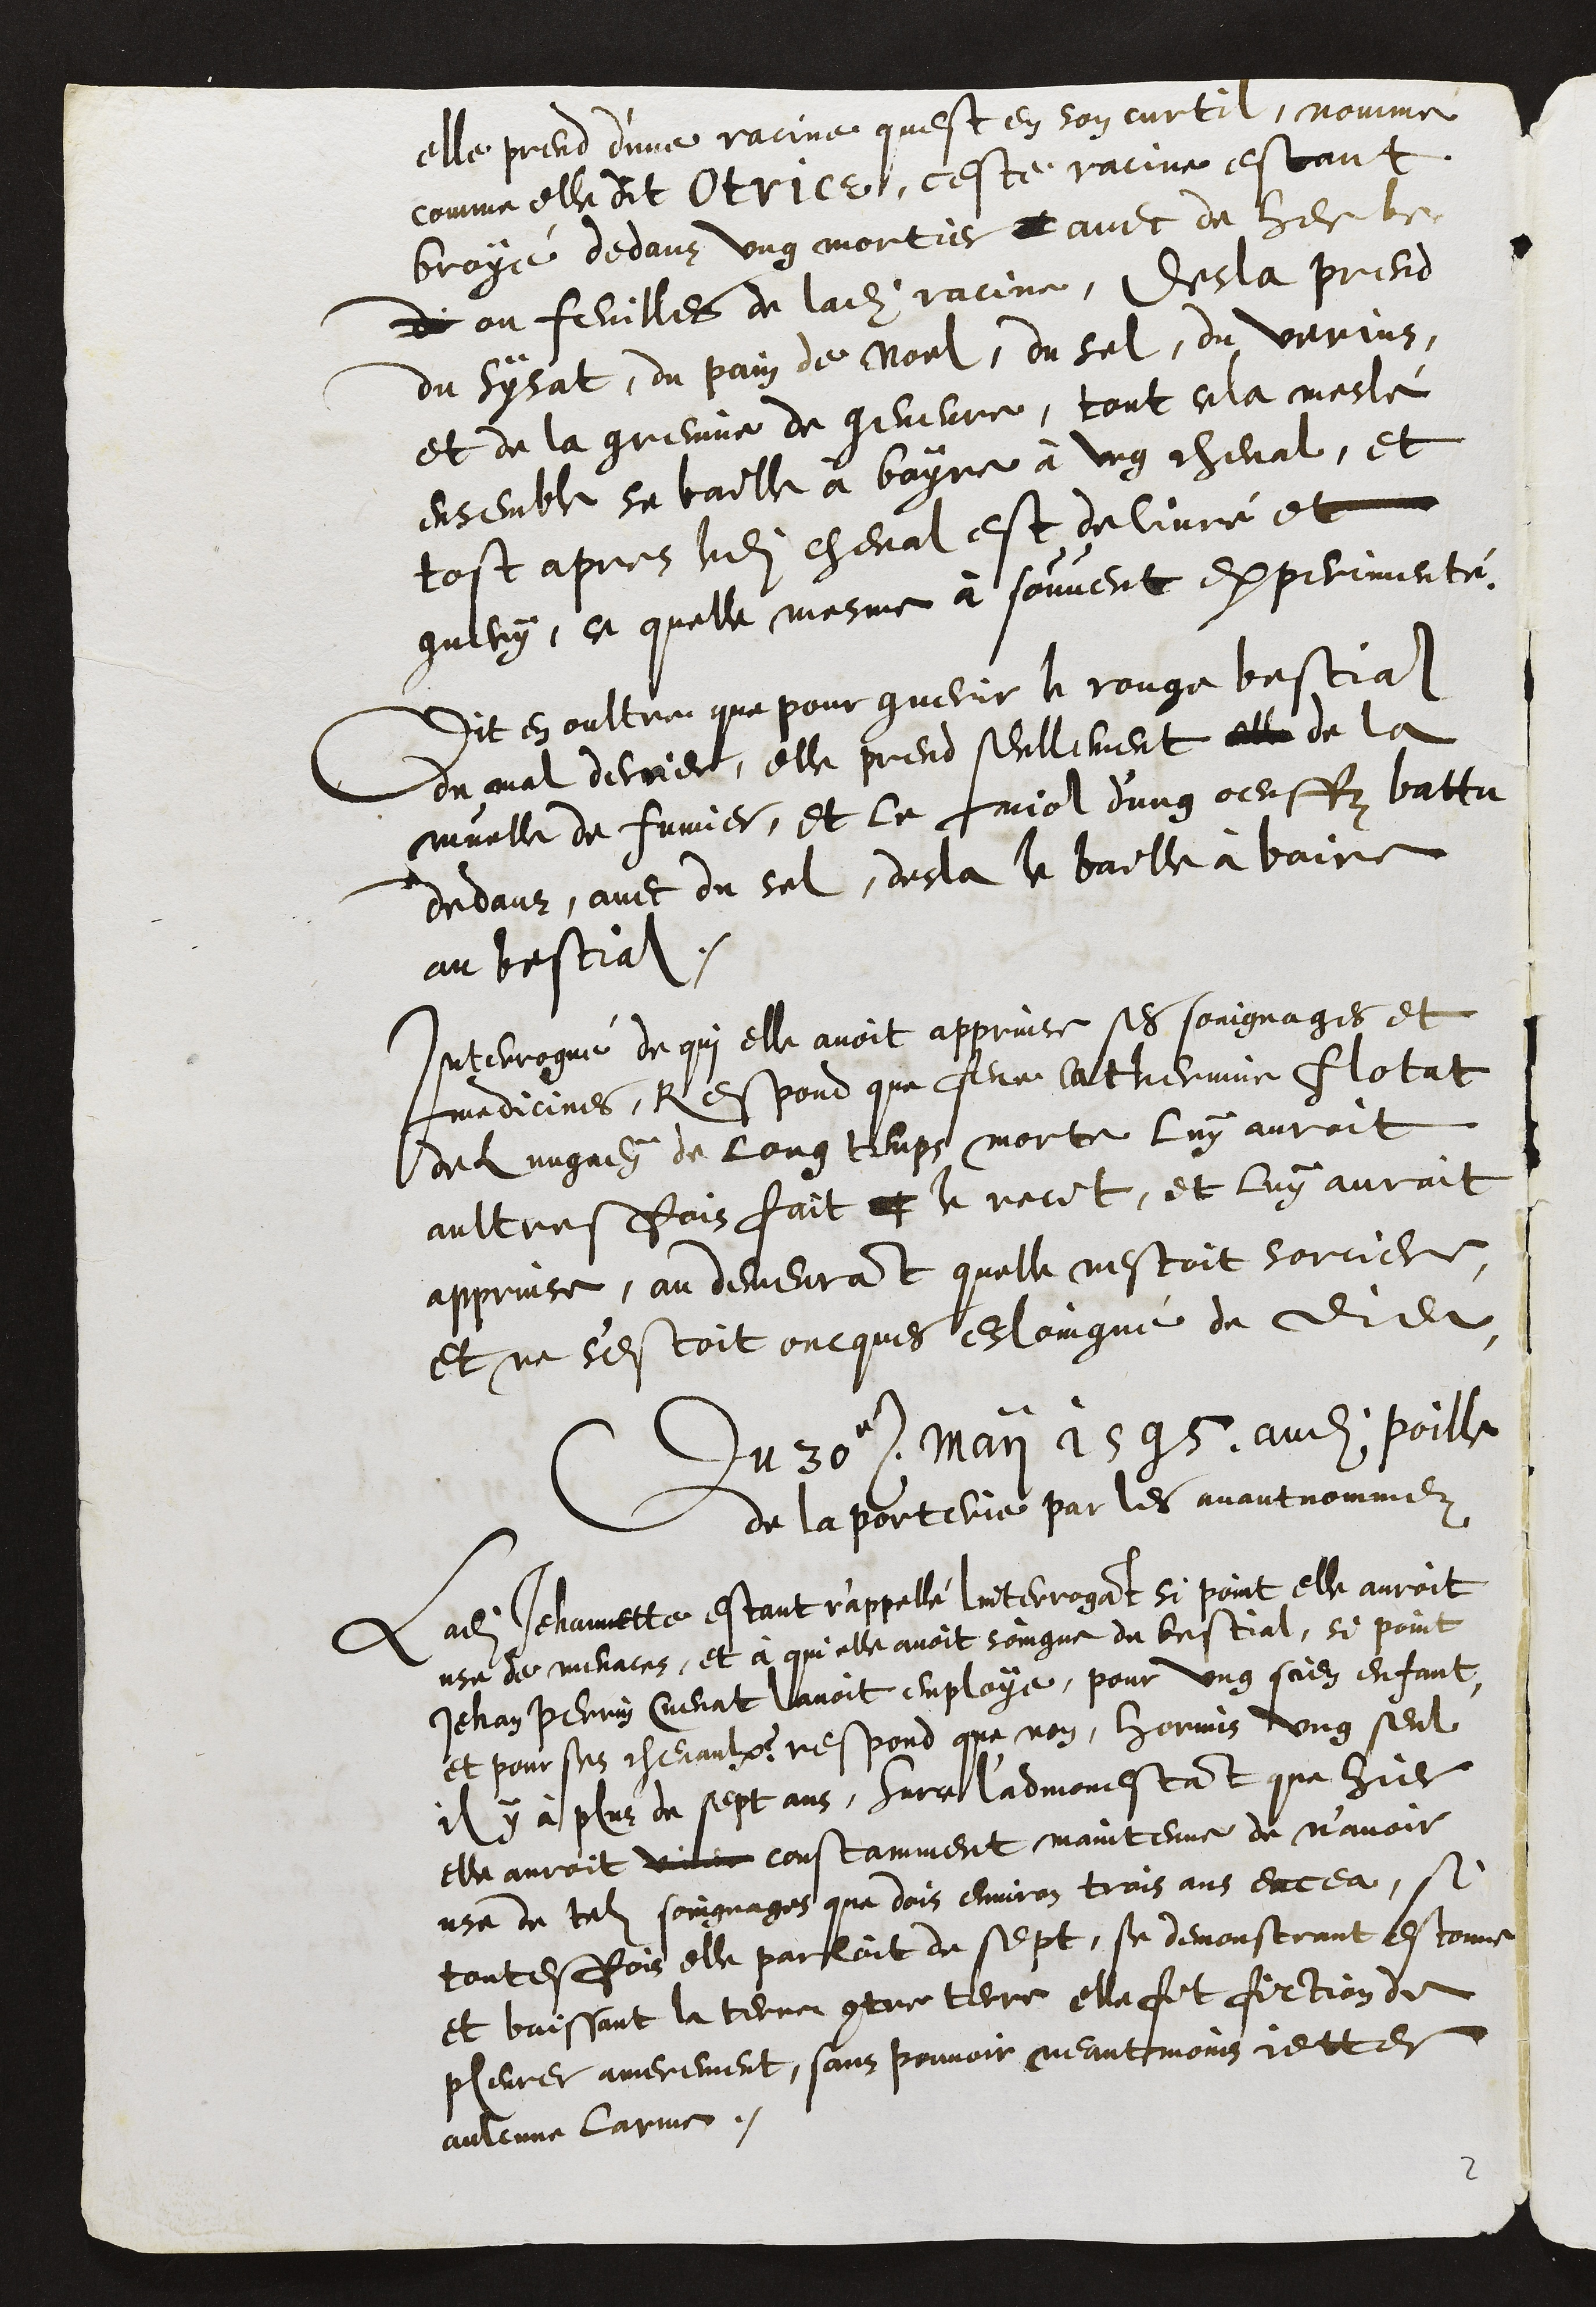
elle prend d'une racine quest en son curtil nommé
comme elle dit Otrice, ceste racine estant
broyé dedans ung mortier a avec de herbe
de ou feuilles de ladite racine, desla prend
du Sysat, du pain de Noel, du sel, du verjus,
et de la greinne de genevre, tout cela meslé
ensemble se baille à boyre à ung cheval, et
tost apres ledit cheval est delivré et
guery, ce quelle mesme à souvent experimenté.
Dit en oultre que pour guerir le rouge bestial
du mal derrier, elle prend seullement elle de la
muelle de fumier, et le miol d'ung oeuffz battu
dedans, avec du sel, desla le baille à boire
au bestial.
Interrogué de qui elle avoit apprinse ses soingnages et
medicines, Respond que feue Catherinne flotat
de Lungney de long temps morte luy auroit
aultresfois fait et le recit, et luy auroit
apprinse, au demeurant quelle nestoit sorciere,
et ne s'estoit oncques esloingné de Dieu
Du 30e May 1595, audit poille
de la porterie par les avant nommez
Ladite Jehannette estant r'appellé linterrogant si point elle auroit
use de menaces, et à qui elle avoit soingne du bestial, si point
Jehan Perrin Cuenat lavoit employe, pour ung sien enfant,
et pour ses chevaulx ? respond que non, hormis ung seul
il y à plus de sept ans, Surce l'admonestant que hier
elle auroit vient constamment maintenue de n’avoir
use de tel soingnages que dois environ trois ans encea, si
toutesfois elle parloit de sept, se demonstrant estonne
et baissant la terre contre terre elle fit fiction de
pleurer amerement, sans pouvoir neantmoins jetter
aulcune larme.
2